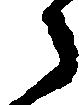
々